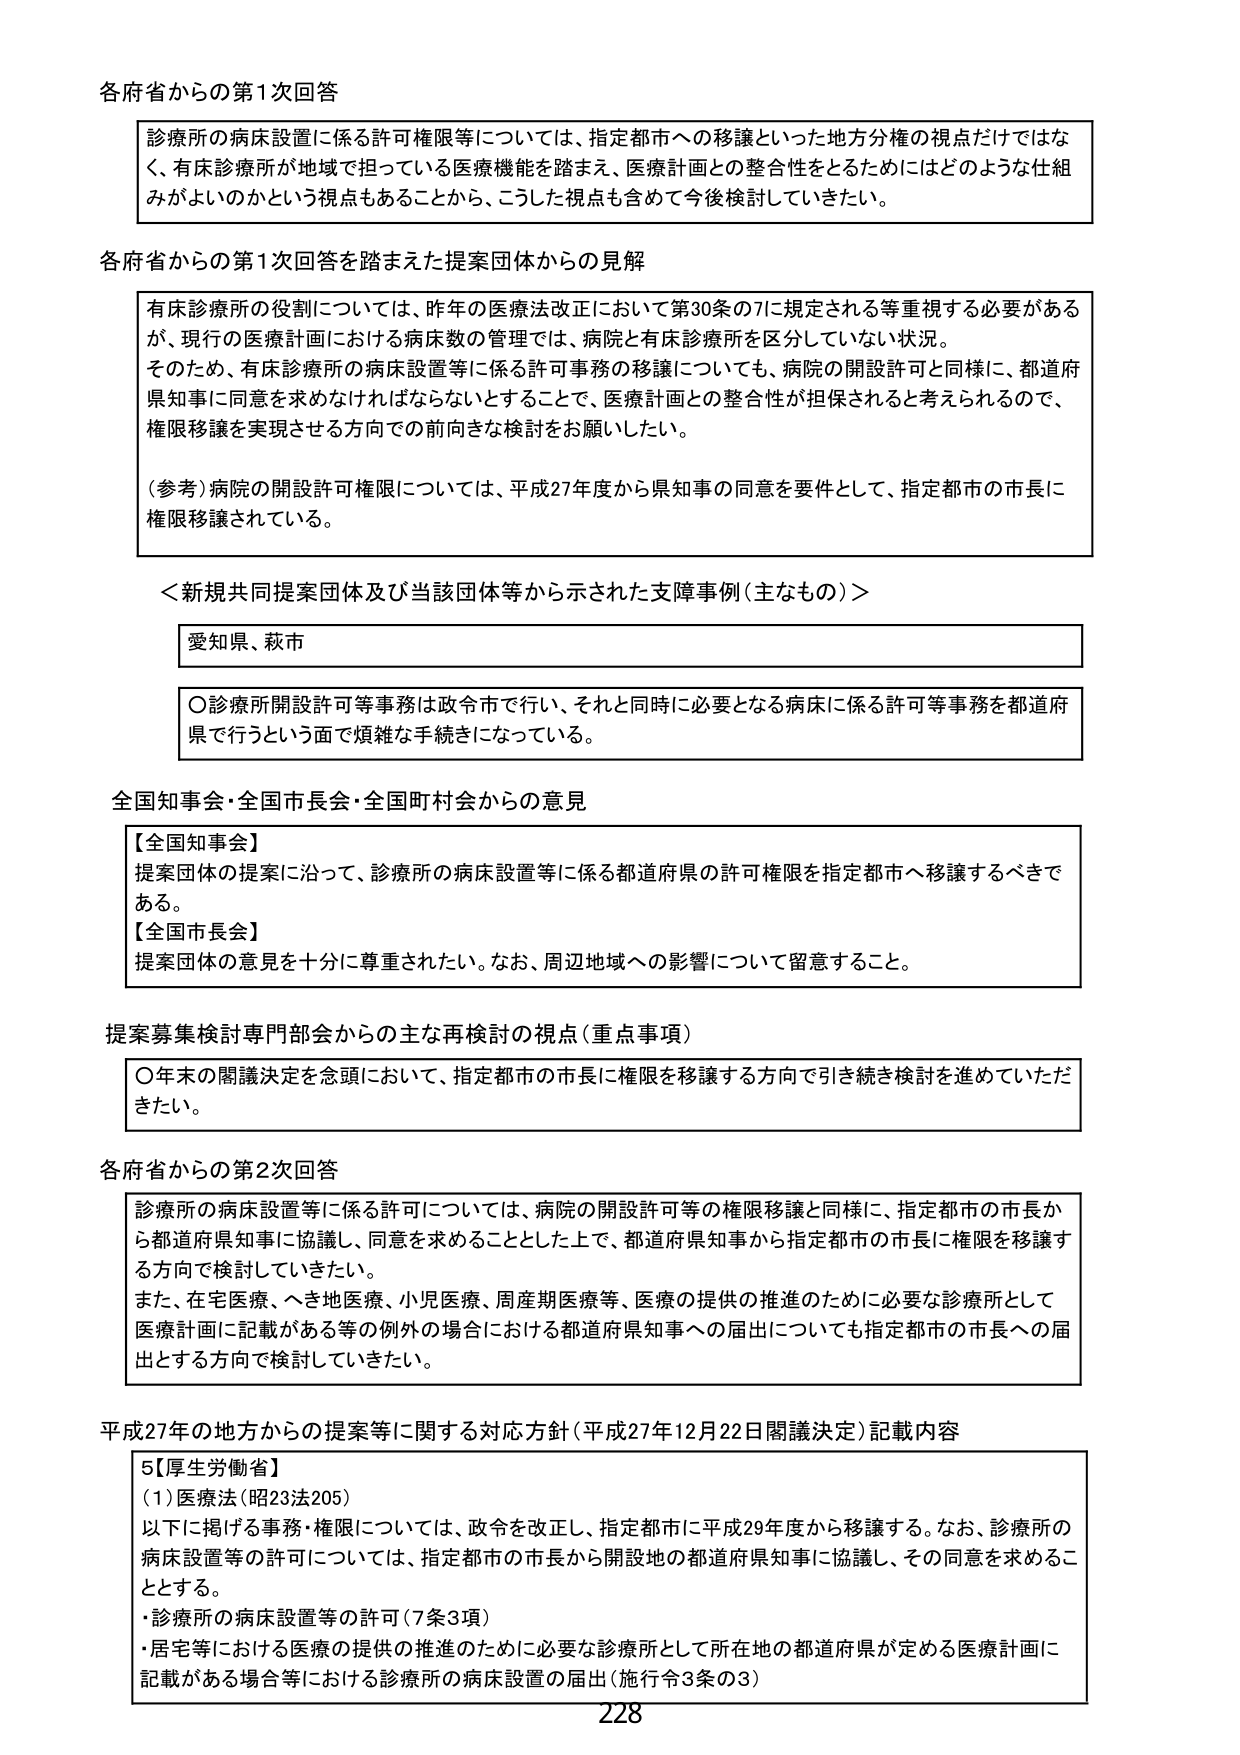
各府省からの第1次回答

診療所の病床設置に係る許可権限等については、指定都市への移譲といった地方分権の視点だけではなく、有床診療所が地域で担っている医療機能を踏まえ、医療計画との整合性をとるためにはどのような仕組みがよいのかという視点もあることから、こうした視点も含めて今後検討していきたい。

各府省からの第1次回答を踏まえた提案団体からの見解

有床診療所の役割については、昨年の医療法改正において第30条の7に規定される等重視する必要があるが、現行の医療計画における病床数の管理では、病院と有床診療所を区分していない状況。
そのため、有床診療所の病床設置等に係る許可事務の移譲についても、病院の開設許可と同様に、都道府県知事に同意を求めなければならないとすることで、医療計画との整合性が担保されると考えられるので、権限移譲を実現させる方向での前向きな検討をお願いしたい。

（参考）病院の開設許可権限については、平成27年度から県知事の同意を要件として、指定都市の市長に権限移譲されている。

＜新規共同提案団体及び当該団体等から示された支障事例（主なもの）＞

愛知県、萩市

〇診療所開設許可等事務は政令市で行い、それと同時に必要となる病床に係る許可等事務を都道府県で行うという面で煩雑な手続きになっている。

全国知事会・全国市長会・全国町村会からの意見

【全国知事会】
提案団体の提案に沿って、診療所の病床設置等に係る都道府県の許可権限を指定都市へ移譲するべきである。
【全国市長会】
提案団体の意見を十分に尊重されたい。なお、周辺地域への影響について留意すること。

提案募集検討専門部会からの主な再検討の視点（重点事項）

〇年末の閣議決定を念頭において、指定都市の市長に権限を移譲する方向で引き続き検討を進めていただきたい。

各府省からの第2次回答

診療所の病床設置等に係る許可については、病院の開設許可等の権限移譲と同様に、指定都市の市長から都道府県知事に協議し、同意を求めることとした上で、都道府県知事から指定都市の市長に権限を移譲する方向で検討していきたい。
また、在宅医療、へき地医療、小児医療、周産期医療等、医療の提供の推進のために必要な診療所として医療計画に記載がある等の例外の場合における都道府県知事への届出についても指定都市の市長への届出とする方向で検討していきたい。

平成27年の地方からの提案等に関する対応方針（平成27年12月22日閣議決定）記載内容

5【厚生労働省】
（1）医療法（昭23法205）
以下に掲げる事務・権限については、政令を改正し、指定都市に平成29年度から移譲する。なお、診療所の病床設置等の許可については、指定都市の市長から開設地の都道府県知事に協議し、その同意を求めることとする。
・診療所の病床設置等の許可（7条3項）
・居宅等における医療の提供の推進のために必要な診療所として所在地の都道府県が定める医療計画に記載がある場合等における診療所の病床設置の届出（施行令3条の3）

228